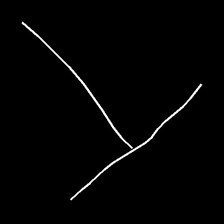
Glyph: column